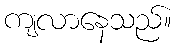
ကျလာနေသည်။